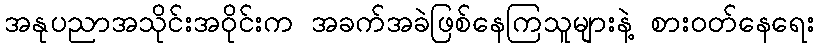
အနုပညာအသိုင်းအဝိုင်းက အခက်အခဲဖြစ်နေကြသူများနဲ့ စားဝတ်နေရေး